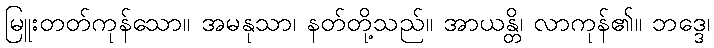
မြူးတတ်ကုန်သော။ အမနုသာ၊ နတ်တို့သည်။ အာယန္တိ၊ လာကုန်၏။ ဘဒ္ဒေ၊